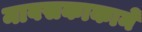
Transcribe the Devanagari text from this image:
मावसकाकाने